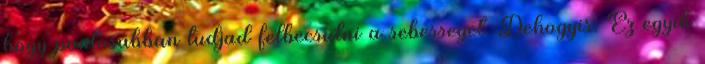
hogy pontosabban tudjad felbecsulni a sebesseget. Dehogyis. Ez egyik